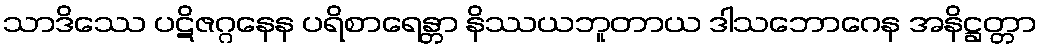
သာဒိဿေ ပဋိဇဂ္ဂနေန ပရိစာရေန္တာ နိဿယဘူတာယ ဒါသဘောဂေန အနိဋ္ဌတ္တာ